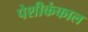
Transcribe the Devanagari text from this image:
पेशीकंकाल